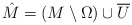
\begin{align*}\hat M = (M\setminus \Omega) \cup \overline U\end{align*}